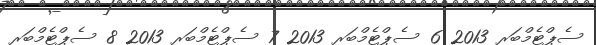
ސެޕްޓެމްބަރ 2013 6 ސެޕްޓެމްބަރ 2013 7 ސެޕްޓެމްބަރ 2013 8 ސެޕްޓެމްބަރ